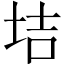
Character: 𡋥